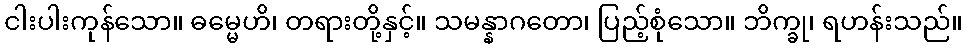
ငါးပါးကုန်သော။ ဓမ္မေဟိ၊ တရားတို့နှင့်။ သမန္နာဂတော၊ ပြည့်စုံသော။ ဘိက္ခု၊ ရဟန်းသည်။